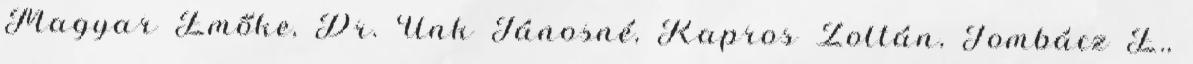
Magyar Emőke, Dr. Unk Jánosné, Kapros Zoltán, Tombácz E.,